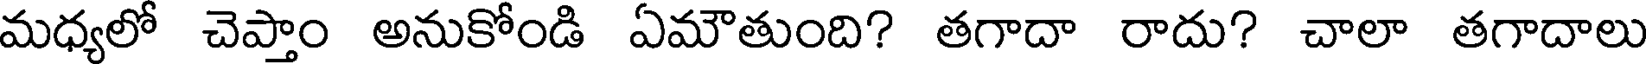
మధ్యలో చెప్తాం అనుకోండి ఏమౌతుంది? తగాదా రాదు? చాలా తగాదాలు